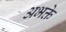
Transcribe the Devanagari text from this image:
अभक्ते